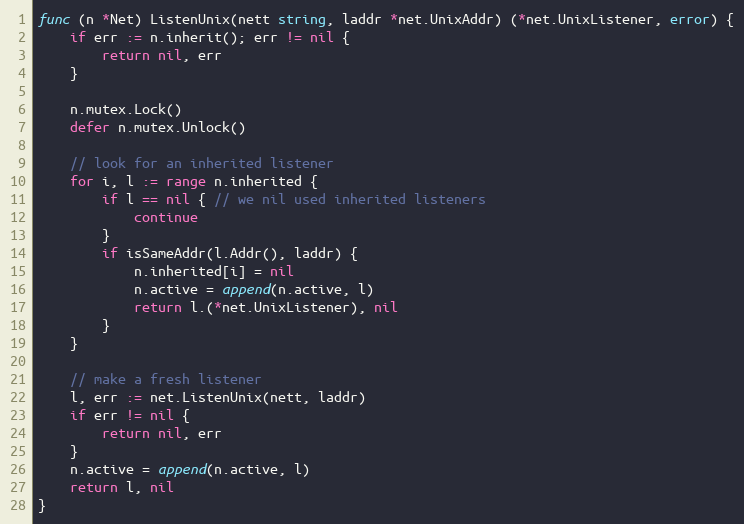
Language: Go
func (n *Net) ListenUnix(nett string, laddr *net.UnixAddr) (*net.UnixListener, error) {
	if err := n.inherit(); err != nil {
		return nil, err
	}

	n.mutex.Lock()
	defer n.mutex.Unlock()

	// look for an inherited listener
	for i, l := range n.inherited {
		if l == nil { // we nil used inherited listeners
			continue
		}
		if isSameAddr(l.Addr(), laddr) {
			n.inherited[i] = nil
			n.active = append(n.active, l)
			return l.(*net.UnixListener), nil
		}
	}

	// make a fresh listener
	l, err := net.ListenUnix(nett, laddr)
	if err != nil {
		return nil, err
	}
	n.active = append(n.active, l)
	return l, nil
}